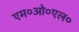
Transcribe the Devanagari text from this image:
एम०ओ०एल०